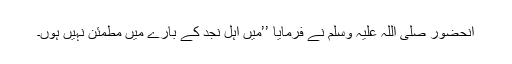
آنحضور صلی اللہ علیہ وسلم نے فرمایا ’’میں اہلِ نجد کے بارے میں مطمئن نہیں ہوں۔